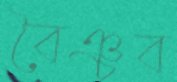
বৈঞ্চব